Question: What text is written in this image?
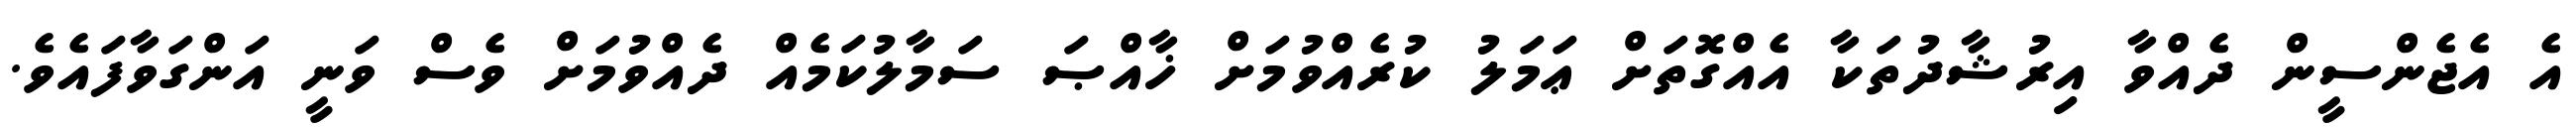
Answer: އެ އެޖެންސީން ދެއްވާ އިރުޝާދުތަކާ އެއްގޮތަށް ޢަމަލު ކުރެއްވުމަށް ޚާއްޞަ ސަމާލުކަމެއް ދެއްވުމަށް ވެސް ވަނީ އަންގަވާފައެވެ.